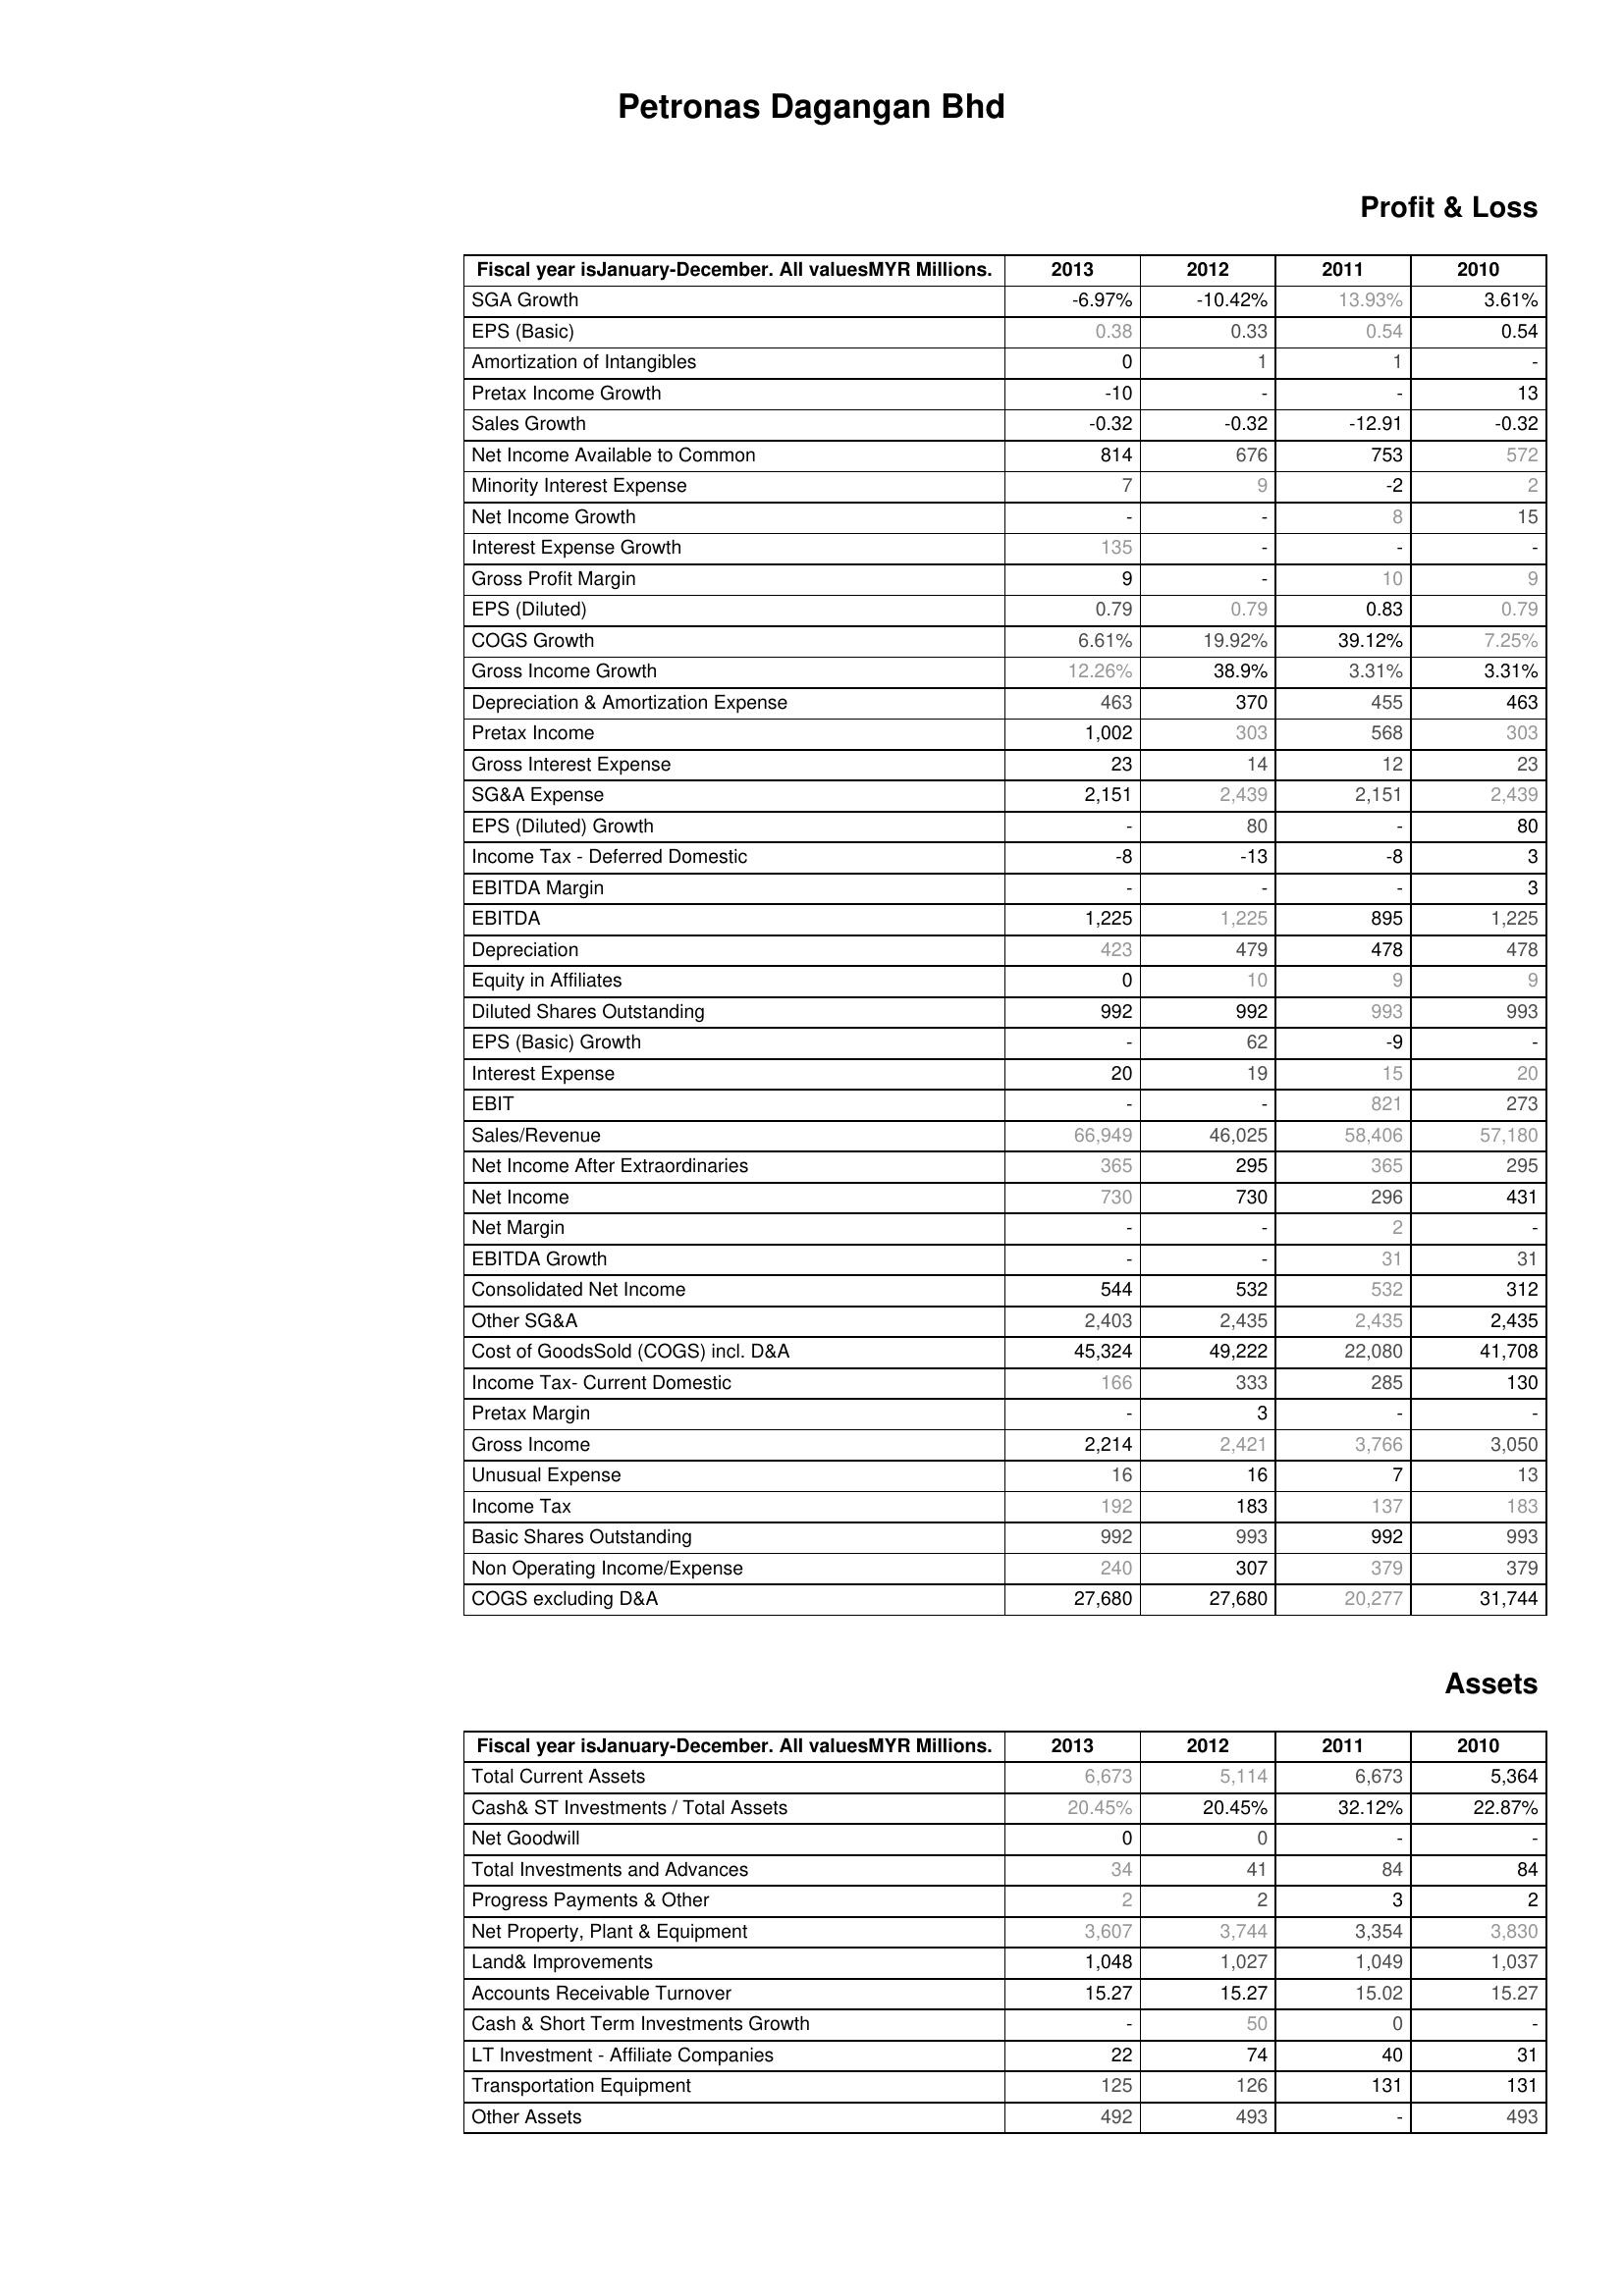
2013: Profit & Loss: SGA Growth: -6.97%
EPS (Basic): 0.38
Amortization of Intangibles: 0
Pretax Income Growth: -10
Sales Growth: -0.32
Net Income Available to Common: 814
Minority Interest Expense: 7
Net Income Growth: -
Interest Expense Growth: 135
Gross Profit Margin: 9
EPS (Diluted): 0.79
COGS Growth: 6.61%
Gross Income Growth: 12.26%
Depreciation & Amortization Expense: 463
Pretax Income: 1,002
Gross Interest Expense: 23
SG&A Expense: 2,151
EPS (Diluted) Growth: -
Income Tax - Deferred Domestic: -8
EBITDA Margin: -
EBITDA: 1,225
Depreciation: 423
Equity in Affiliates: 0
Diluted Shares Outstanding: 992
EPS (Basic) Growth: -
Interest Expense: 20
EBIT: -
Sales/Revenue: 66,949
Net Income After Extraordinaries: 365
Net Income: 730
Net Margin: -
EBITDA Growth: -
Consolidated Net Income: 544
Other SG&A: 2,403
Cost of GoodsSold (COGS) incl. D&A: 45,324
Income Tax- Current Domestic: 166
Pretax Margin: -
Gross Income: 2,214
Unusual Expense: 16
Income Tax: 192
Basic Shares Outstanding: 992
Non Operating Income/Expense: 240
COGS excluding D&A: 27,680
Assets: Total Current Assets: 6,673
Cash& ST Investments / Total Assets: 20.45%
Net Goodwill: 0
Total Investments and Advances: 34
Progress Payments & Other: 2
Net Property, Plant & Equipment: 3,607
Land& Improvements: 1,048
Accounts Receivable Turnover: 15.27
Cash & Short Term Investments Growth: -
LT Investment - Affiliate Companies: 22
Transportation Equipment: 125
Other Assets: 492
2012: Profit & Loss: SGA Growth: -10.42%
EPS (Basic): 0.33
Amortization of Intangibles: 1
Pretax Income Growth: -
Sales Growth: -0.32
Net Income Available to Common: 676
Minority Interest Expense: 9
Net Income Growth: -
Interest Expense Growth: -
Gross Profit Margin: -
EPS (Diluted): 0.79
COGS Growth: 19.92%
Gross Income Growth: 38.9%
Depreciation & Amortization Expense: 370
Pretax Income: 303
Gross Interest Expense: 14
SG&A Expense: 2,439
EPS (Diluted) Growth: 80
Income Tax - Deferred Domestic: -13
EBITDA Margin: -
EBITDA: 1,225
Depreciation: 479
Equity in Affiliates: 10
Diluted Shares Outstanding: 992
EPS (Basic) Growth: 62
Interest Expense: 19
EBIT: -
Sales/Revenue: 46,025
Net Income After Extraordinaries: 295
Net Income: 730
Net Margin: -
EBITDA Growth: -
Consolidated Net Income: 532
Other SG&A: 2,435
Cost of GoodsSold (COGS) incl. D&A: 49,222
Income Tax- Current Domestic: 333
Pretax Margin: 3
Gross Income: 2,421
Unusual Expense: 16
Income Tax: 183
Basic Shares Outstanding: 993
Non Operating Income/Expense: 307
COGS excluding D&A: 27,680
Assets: Total Current Assets: 5,114
Cash& ST Investments / Total Assets: 20.45%
Net Goodwill: 0
Total Investments and Advances: 41
Progress Payments & Other: 2
Net Property, Plant & Equipment: 3,744
Land& Improvements: 1,027
Accounts Receivable Turnover: 15.27
Cash & Short Term Investments Growth: 50
LT Investment - Affiliate Companies: 74
Transportation Equipment: 126
Other Assets: 493
2011: Profit & Loss: SGA Growth: 13.93%
EPS (Basic): 0.54
Amortization of Intangibles: 1
Pretax Income Growth: -
Sales Growth: -12.91
Net Income Available to Common: 753
Minority Interest Expense: -2
Net Income Growth: 8
Interest Expense Growth: -
Gross Profit Margin: 10
EPS (Diluted): 0.83
COGS Growth: 39.12%
Gross Income Growth: 3.31%
Depreciation & Amortization Expense: 455
Pretax Income: 568
Gross Interest Expense: 12
SG&A Expense: 2,151
EPS (Diluted) Growth: -
Income Tax - Deferred Domestic: -8
EBITDA Margin: -
EBITDA: 895
Depreciation: 478
Equity in Affiliates: 9
Diluted Shares Outstanding: 993
EPS (Basic) Growth: -9
Interest Expense: 15
EBIT: 821
Sales/Revenue: 58,406
Net Income After Extraordinaries: 365
Net Income: 296
Net Margin: 2
EBITDA Growth: 31
Consolidated Net Income: 532
Other SG&A: 2,435
Cost of GoodsSold (COGS) incl. D&A: 22,080
Income Tax- Current Domestic: 285
Pretax Margin: -
Gross Income: 3,766
Unusual Expense: 7
Income Tax: 137
Basic Shares Outstanding: 992
Non Operating Income/Expense: 379
COGS excluding D&A: 20,277
Assets: Total Current Assets: 6,673
Cash& ST Investments / Total Assets: 32.12%
Net Goodwill: -
Total Investments and Advances: 84
Progress Payments & Other: 3
Net Property, Plant & Equipment: 3,354
Land& Improvements: 1,049
Accounts Receivable Turnover: 15.02
Cash & Short Term Investments Growth: 0
LT Investment - Affiliate Companies: 40
Transportation Equipment: 131
Other Assets: -
2010: Profit & Loss: SGA Growth: 3.61%
EPS (Basic): 0.54
Amortization of Intangibles: -
Pretax Income Growth: 13
Sales Growth: -0.32
Net Income Available to Common: 572
Minority Interest Expense: 2
Net Income Growth: 15
Interest Expense Growth: -
Gross Profit Margin: 9
EPS (Diluted): 0.79
COGS Growth: 7.25%
Gross Income Growth: 3.31%
Depreciation & Amortization Expense: 463
Pretax Income: 303
Gross Interest Expense: 23
SG&A Expense: 2,439
EPS (Diluted) Growth: 80
Income Tax - Deferred Domestic: 3
EBITDA Margin: 3
EBITDA: 1,225
Depreciation: 478
Equity in Affiliates: 9
Diluted Shares Outstanding: 993
EPS (Basic) Growth: -
Interest Expense: 20
EBIT: 273
Sales/Revenue: 57,180
Net Income After Extraordinaries: 295
Net Income: 431
Net Margin: -
EBITDA Growth: 31
Consolidated Net Income: 312
Other SG&A: 2,435
Cost of GoodsSold (COGS) incl. D&A: 41,708
Income Tax- Current Domestic: 130
Pretax Margin: -
Gross Income: 3,050
Unusual Expense: 13
Income Tax: 183
Basic Shares Outstanding: 993
Non Operating Income/Expense: 379
COGS excluding D&A: 31,744
Assets: Total Current Assets: 5,364
Cash& ST Investments / Total Assets: 22.87%
Net Goodwill: -
Total Investments and Advances: 84
Progress Payments & Other: 2
Net Property, Plant & Equipment: 3,830
Land& Improvements: 1,037
Accounts Receivable Turnover: 15.27
Cash & Short Term Investments Growth: -
LT Investment - Affiliate Companies: 31
Transportation Equipment: 131
Other Assets: 493